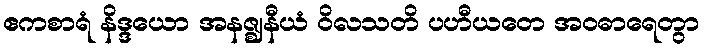
ဧကစာရံ နိဒ္ဒယော အနဇ္ဈနီယံ ဝိလသတိ ပဟီယတေ အဝဓာရေတွာ